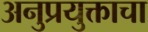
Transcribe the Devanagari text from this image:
अनुप्रयुक्ताचा